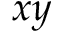
x y